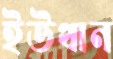
ইউথান